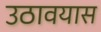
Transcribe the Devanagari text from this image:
उठावयास